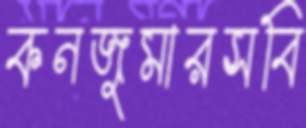
কনজুমারসবি